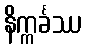
နိက္ကင်္ခဿ